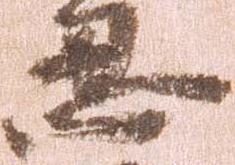
忍